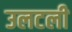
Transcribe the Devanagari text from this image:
उलटली